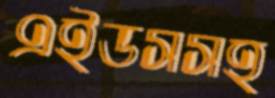
এইডসসহ